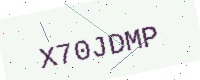
Text: X70JDMP